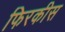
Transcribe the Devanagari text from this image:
फिरकीस